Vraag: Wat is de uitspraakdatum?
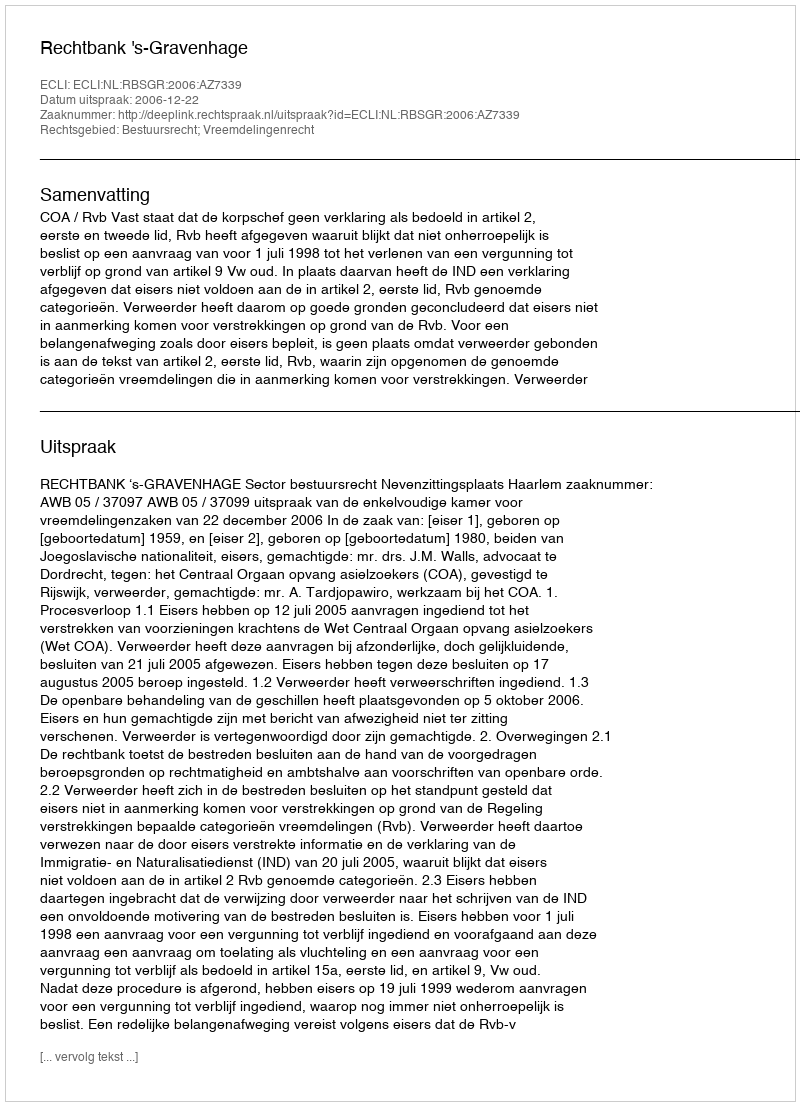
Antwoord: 2006-12-22